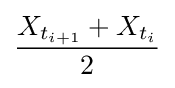
{\frac {X_{t_{i+1}}+X_{t_{i}}}{2}}